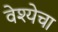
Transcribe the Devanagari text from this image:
वेश्येचा